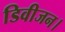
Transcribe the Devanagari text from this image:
डिवीजन।